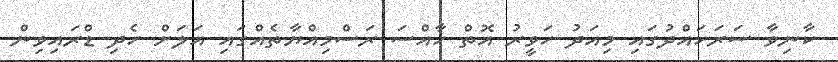
ކާނިވާ ސަރަހައްދުގައި މިއަދު ހަވީރު އޮތް ހާއްސަ ރަސްމިއްޔާތެއްގައި އަލަށް ހެދި ޑްރައިވިން